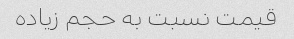
قیمت نسبت به حجم زیاده